Insane asylums in Bengal annual reports 1867-1875 - 1867-1875
Year: 1867
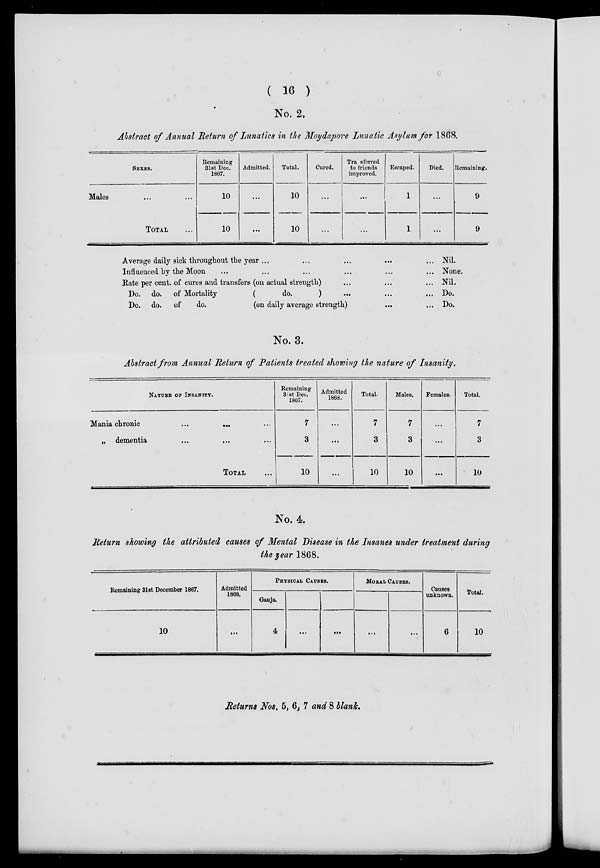
( 16 )
No. 2.
Abstract of Annual Return of Lunatics in the Moydapore Lunatic Asylum for 1868.
SEXES.
Males
...
TOTAL ...
Remaining
31st Dec.
1867.
10
10
Admitted.
...
...
Total.
10
10
Cured.
...
...
Transferred
to friends
improved.
...
...
Escaped.
1
1
Died.
...
...
Remaining.
9
9
Average daily sick throughout the year ... ... ... ...
Influenced by the Moon ... ... ... ...
Rate per cent. of cures and transfers (on actual strength) ... ... ...
Do. do. of Mortality
(
do.
) ... ... ...
Do. do. of
do.
(on daily average strength) ... ...
Nil.
None.
Nil.
Do.
Do.
No. 3.
Abstract from Annual Return of Patients treated showing the nature of Insanity.
NATURE OF INSANITY.
Mania chronic ...
...
...
„ dementia ... ... ...
TOTAL ...
Remaining
31st Dec.
1867.
7
3
10
Admitted
1868.
...
...
...
Total.
7
3
10
Males.
7
3
10
Females.
...
...
...
Total.
7
3
10
No. 4.
Return showing the attributed causes of Mental Disease in the Insanes under treatment during
the year 1868.
Remaining 31st December 1867.
10
Admitted
1868.
...
PHYSICAL CAUSES.
Ganja.
4
...
...
MORAL CAUSES.
...
...
Causes
unknown.
6
Total.
10
Returns Nos. 5, 6, 7 and 8 blank.